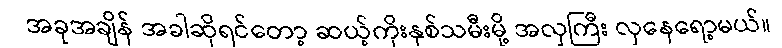
အခုအချိန် အခါဆိုရင်တော့ ဆယ့်ကိုးနှစ်သမီးမို့ အလှကြီး လှနေရော့မယ်။